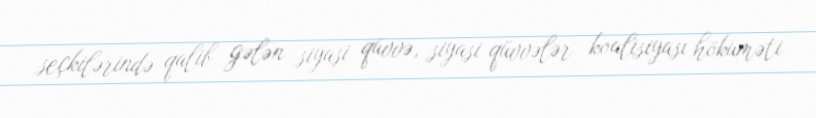
seçkilərində qalib gələn siyasi qüvvə, siyasi qüvvələr koalisiyası hökuməti